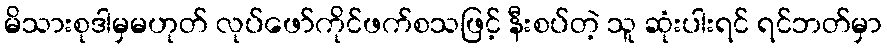
မိသားစုဒါမှမဟုတ် လုပ်ဖော်ကိုင်ဖက်စသဖြင့် နီးစပ်တဲ့ သူ ဆုံးပါးရင် ရင်ဘတ်မှာ